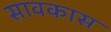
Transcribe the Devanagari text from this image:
सावकास